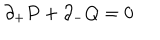
\partial _ { + } P + \partial _ { - } Q = 0